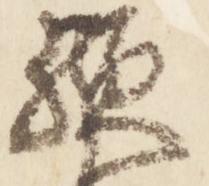
歟